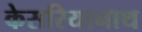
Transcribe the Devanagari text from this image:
केसरियानाथ